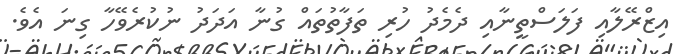
އިޒްރޭލާއި ފަލަސްތީނާއި ދެމެދު ހުރި ތަފާތުތައް ގުނާ އަދަދު ނުކުރެވޭހާ ގިނަ އެވެ.